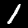
Digit: 1